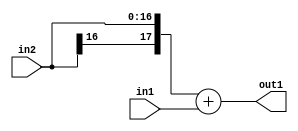
`timescale 1ps / 1ps
/*****************************************************************************
    Verilog RTL Description
    
    
    Created by: Stratus DpOpt 2019.1.01 
*******************************************************************************/

module st_weight_addr_gen_Add_17Sx9U_18S_4 (
	in2,
	in1,
	out1
	); /* architecture "behavioural" */ 
input [16:0] in2;
input [8:0] in1;
output [17:0] out1;
wire [17:0] asc001;

assign asc001 = 
	+({in2[16], in2})
	+(in1);

assign out1 = asc001;
endmodule

/* CADENCE  ubTxQwA= : u9/ySgnWtBlWxVPRXgAZ4Og= ** DO NOT EDIT THIS LINE ******/